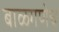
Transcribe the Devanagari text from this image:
बाळगणेच